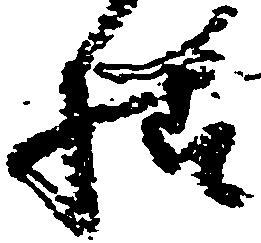
様